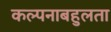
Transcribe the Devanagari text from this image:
कल्पनाबहुलता